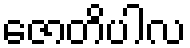
ဇောတိပါလ